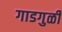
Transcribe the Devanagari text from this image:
गाडगुळी